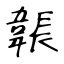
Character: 韔